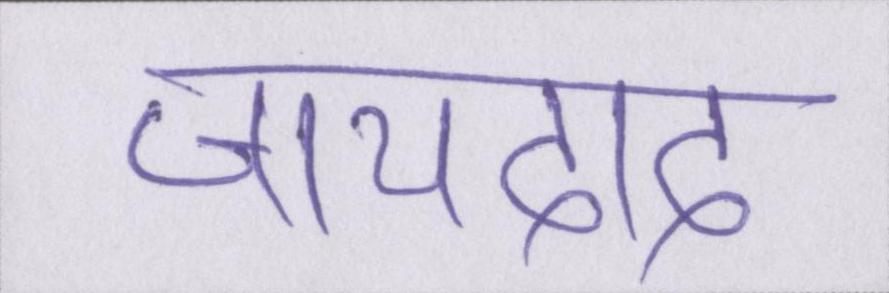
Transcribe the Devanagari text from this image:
जायदाद